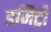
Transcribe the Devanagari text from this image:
डमिट्री